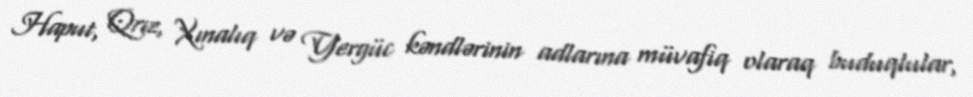
Haput, Qrız, Xınalıq və Yergüc kəndlərinin adlarına müvafiq olaraq buduqlular,